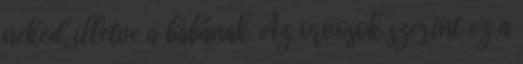
neked, illetve a babának. Az orvosok szerint ez a